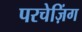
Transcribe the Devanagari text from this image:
परचेज़िंग